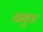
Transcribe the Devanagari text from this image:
वायूला